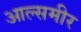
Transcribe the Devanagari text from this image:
आल्समीर